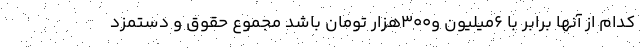
کدام از آنها برابر با 6میلیون و300هزار تومان باشد مجموع حقوق و دستمزد